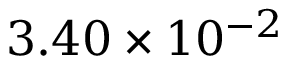
3 . 4 0 \times 1 0 ^ { - 2 }